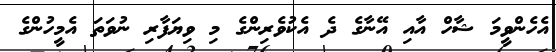
އެހެންވީމަ ޝާހް އާއި އޭނާގެ ދެ އެކުވެރިންގެ މި ވިޔަފާރި ނުވަތަ އެމީހުންގެ